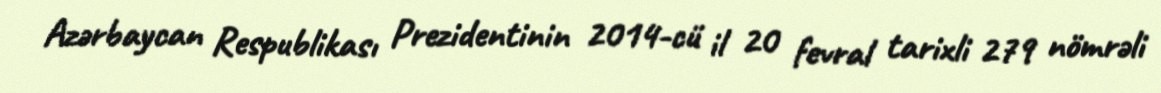
Azərbaycan Respublikası Prezidentinin 2014-cü il 20 fevral tarixli 279 nömrəli